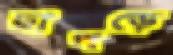
ছাপড়ে